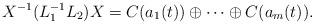
LaTeX: \begin{align*}X^{-1}(L_1^{-1}L_2)X& = C(a_1(t))\oplus \cdots \oplus C(a_m(t)).\end{align*}